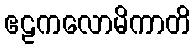
ဧဠကလောမိကာတိ